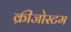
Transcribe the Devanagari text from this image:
क्रीजोस्टम